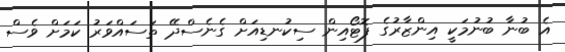
އެ ބުނާ ބުނުމަކީ އިންޒާރުގެ ފޮޓޯއިން ސިކުނޑިއަށް ގެނެސްދޭ ތަސައްވަރު ކަމަށް ވެސް